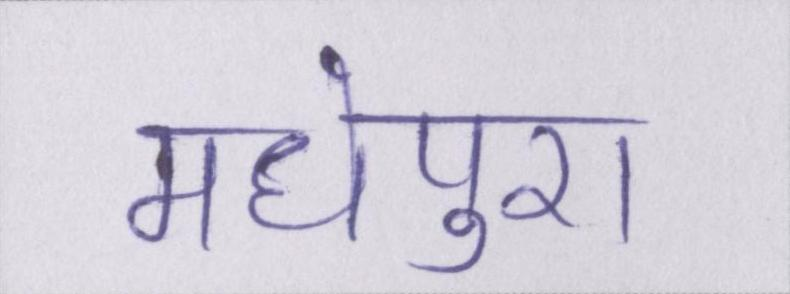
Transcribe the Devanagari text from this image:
मधेपुरा